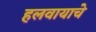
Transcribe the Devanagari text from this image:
हलवायाचे